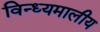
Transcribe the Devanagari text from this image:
विन्ध्यमालीय